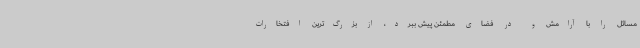
مسائل را با آرامش و در فضای مطمئن پیش ببرد، از بزرگ‌ترین افتخارات